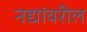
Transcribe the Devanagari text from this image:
नद्यांवरील